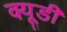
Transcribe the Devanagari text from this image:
क्यूडी